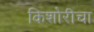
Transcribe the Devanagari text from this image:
किशोरीचा